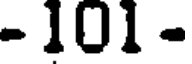
- 101 -